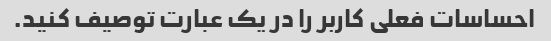
احساسات فعلی کاربر را در یک عبارت توصیف کنید.